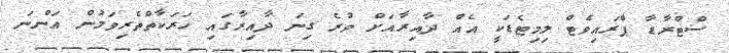
ސްޓްރާޑާ ޕްރައިވެޓް ލިމިޓެޑަކީ އެއް ދާއިރާއަށް ވުރެ ގިނަ ދާއިރާގައި ހަރަކާތްތެރިވަމުން އަންނަ